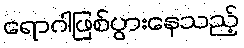
ရောဂါဖြစ်ပွားနေသည့်